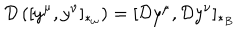
{ \cal D } \left( [ y ^ { \mu } , y ^ { \nu } ] _ { \ast _ { \omega } } \right) = [ { \cal D } y ^ { \mu } , { \cal D } y ^ { \nu } ] _ { \ast _ { B } }